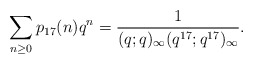
\begin{align*}\sum_{n\ge 0}p_{17}(n)q^n=\frac{1}{(q;q)_\infty(q^{17};q^{17})_\infty}.\end{align*}